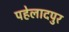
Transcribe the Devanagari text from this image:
पहेलादपुर